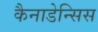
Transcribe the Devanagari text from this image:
कैनाडेन्सिस